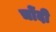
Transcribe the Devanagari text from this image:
चोंदी